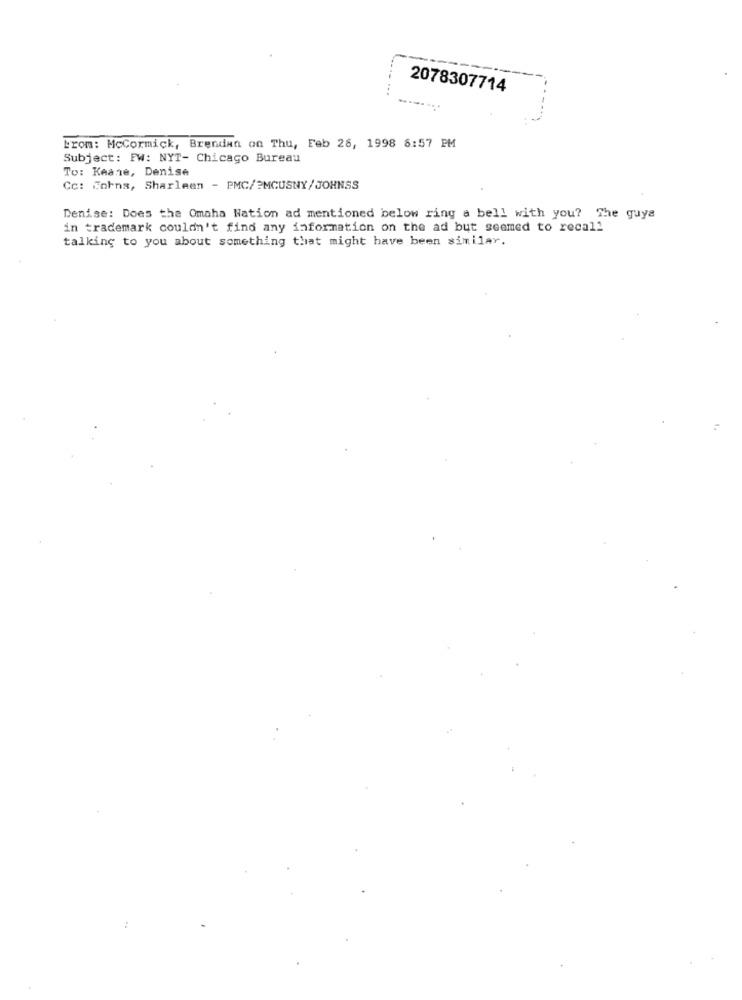
2078307714
From: McCormick, Brendan on Thu, Feb 28, 1998 6:57 PM
Subject: FW: NYT- Chicago Bureau
To: Keane, Denise
Cc: corns, Sharleen - PMC/?MCUSNY/JOHNSS
Denise: Does the Omaha Nation ad mentioned below ring a bell with you? The guys
in trademark couldn't find any information on the ad but seemed to recall
talking to you about something that might have been similar.